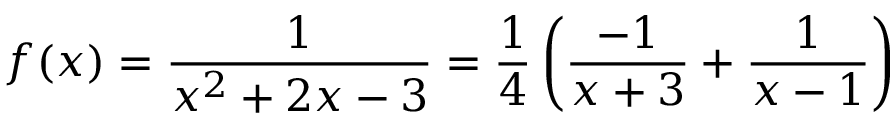
f ( x ) = { \frac { 1 } { x ^ { 2 } + 2 x - 3 } } = { \frac { 1 } { 4 } } \left( { \frac { - 1 } { x + 3 } } + { \frac { 1 } { x - 1 } } \right)